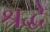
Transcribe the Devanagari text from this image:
श्रद्धे